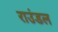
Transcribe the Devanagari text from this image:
राउंडल